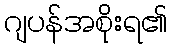
ဂျပန်အစိုးရ၏